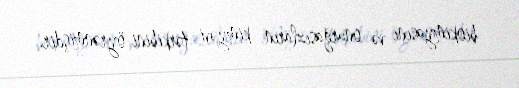
biokimyasını və onurğasızların kimyəvi tərkibini öyrənmişdir.